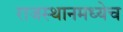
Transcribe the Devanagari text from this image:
राजस्थानमध्येच